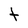
Character: t